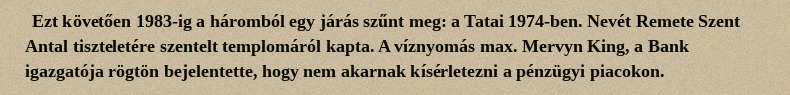
Ezt követően 1983-ig a háromból egy járás szűnt meg: a Tatai 1974-ben. Nevét Remete Szent Antal tiszteletére szentelt templomáról kapta. A víznyomás max. Mervyn King, a Bank igazgatója rögtön bejelentette, hogy nem akarnak kísérletezni a pénzügyi piacokon.